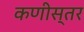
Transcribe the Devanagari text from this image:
कणीस्तर